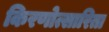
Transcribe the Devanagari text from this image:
किरणोत्सारिता